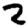
Digit: 2